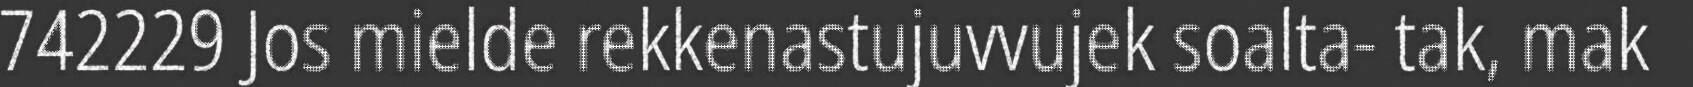
742229 Jos mielde rekkenastujuvvujek soalta- tak, mak